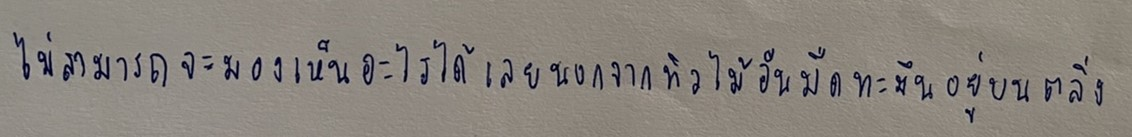
ไม่สามารถจะมองเห็นอะไรได้เลยนอกจากทิวไม้อันมืดทะมึนอยู่บนตลิ่ง